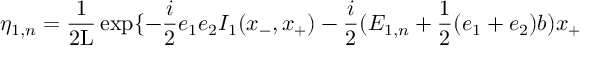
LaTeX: { \eta } _ { 1 , n } = \frac { 1 } { 2 \mathrm { L } } \exp \{ - \frac { i } { 2 } e _ { 1 } e _ { 2 } I _ { 1 } ( x _ { - } , x _ { + } ) - \frac { i } { 2 } ( E _ { 1 , n } + \frac { 1 } { 2 } ( e _ { 1 } + e _ { 2 } ) b ) x _ { + }